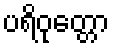
ပရိဝုတ္တော